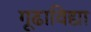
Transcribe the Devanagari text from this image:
गूढाविद्या